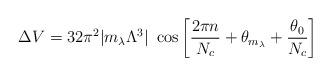
LaTeX: \begin{align*}\Delta V = 32 \pi^2 |m_\lambda \Lambda^3|~ \cos \left[ {2 \pi n \over N_c} +\theta_{m_\lambda} + {\theta_0 \over N_c} \right]\end{align*}